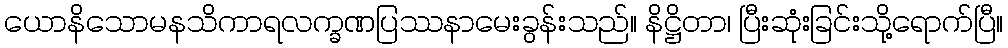
ယောနိသောမနသိကာရလက္ခဏပြဿနာမေးခွန်းသည်။ နိဋ္ဌိတာ၊ ပြီးဆုံးခြင်းသို့ရောက်ပြီ။